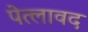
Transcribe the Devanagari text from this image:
पेत्लावद